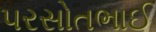
પરસોતભાઈ